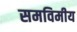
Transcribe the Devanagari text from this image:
समविमीय